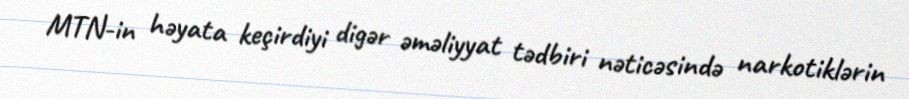
MTN-in həyata keçirdiyi digər əməliyyat tədbiri nəticəsində narkotiklərin